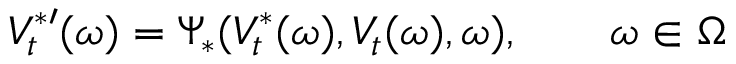
V _ { t } ^ { \ast \prime } ( \omega ) = \Psi _ { \ast } ( V _ { t } ^ { \ast } ( \omega ) , V _ { t } ( \omega ) , \omega ) , \qquad \omega \in \Omega